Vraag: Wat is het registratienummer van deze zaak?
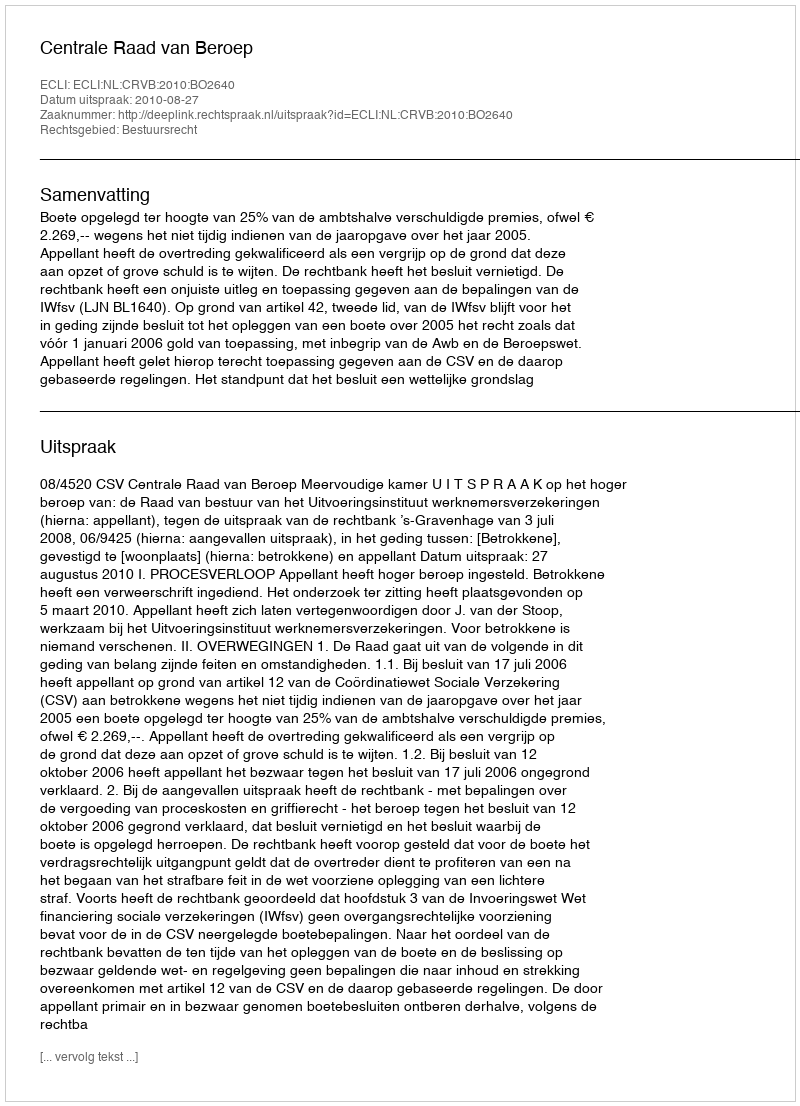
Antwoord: http://deeplink.rechtspraak.nl/uitspraak?id=ECLI:NL:CRVB:2010:BO2640